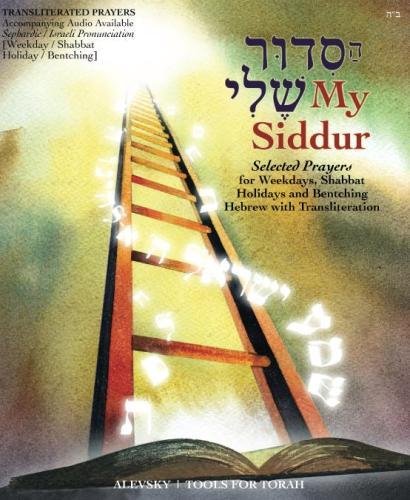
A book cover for My Siddur [Weekday, Shabbat, Holiday S.]: Transliterated Prayer Book, Hebrew - English with Available Audio, Selected Prayers for Weekdays, Shabbat and Holidays (Hebrew Edition); Chayim B. Alevsky; Religion & Spirituality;